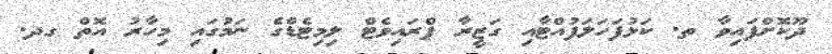
ދޫކޮށްފައިވާ ތ. ކަޅުފަހަލަފުއްޓާއި ގަޒީރާ ޕްރައިވެޓް ލިމިޓެޑްގެ ނަމުގައި މިހާރު އޮތް ގދ.